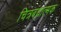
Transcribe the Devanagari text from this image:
चित्रबंधात्मक